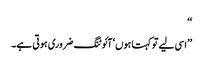
‘‘
’’اسی لیے تو کہتا ہوں‘ آئوٹنگ ضروری ہوتی ہے۔